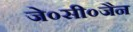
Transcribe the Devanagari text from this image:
जे०सी०जैन